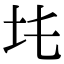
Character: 𡉒